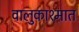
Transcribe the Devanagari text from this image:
वालुकाश्मात